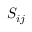
S _ { i j }